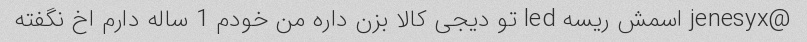
@jenesyx اسمش ریسه led تو دیجی کالا بزن داره من خودم 1 ساله دارم اخ نگفته